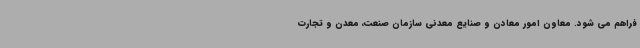
فراهم می شود. معاون امور معادن و صنایع معدنی سازمان صنعت، معدن و تجارت